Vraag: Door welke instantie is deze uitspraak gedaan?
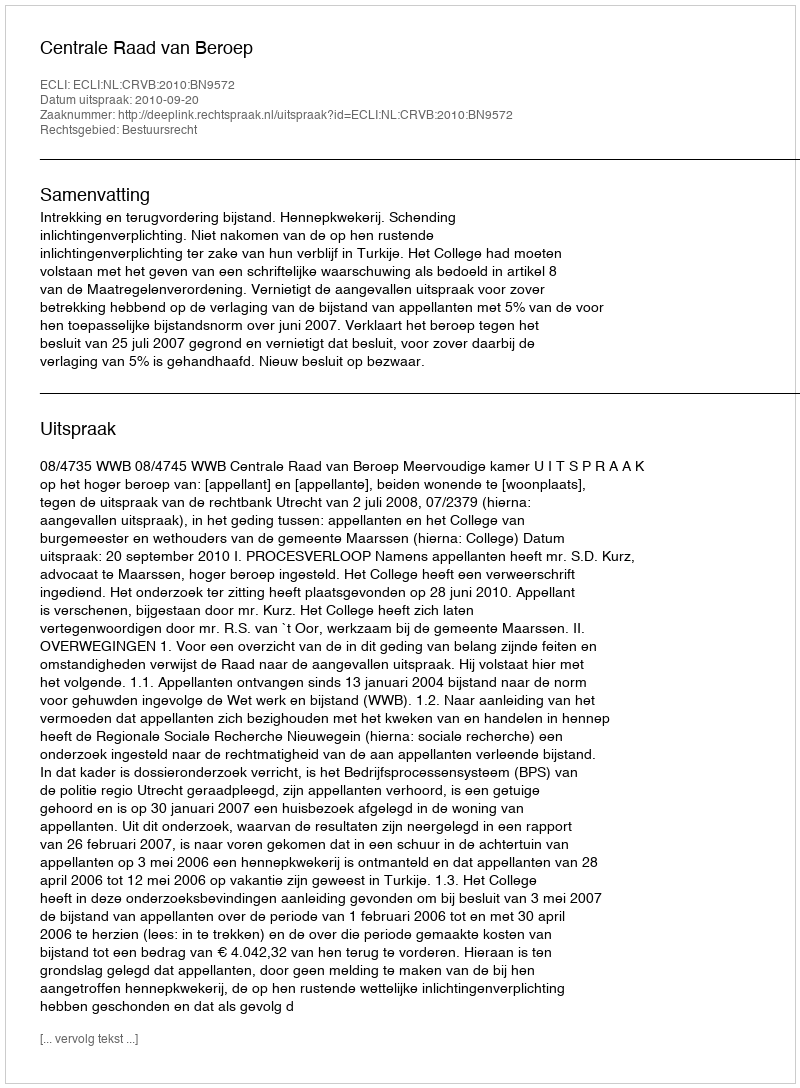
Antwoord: Centrale Raad van Beroep